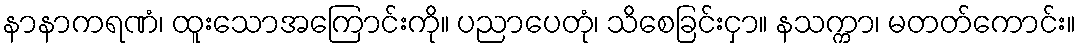
နာနာကရဏံ၊ ထူးသောအကြောင်းကို။ ပညာပေတုံ၊ သိစေခြင်းငှာ။ နသက္ကာ၊ မတတ်ကောင်း။